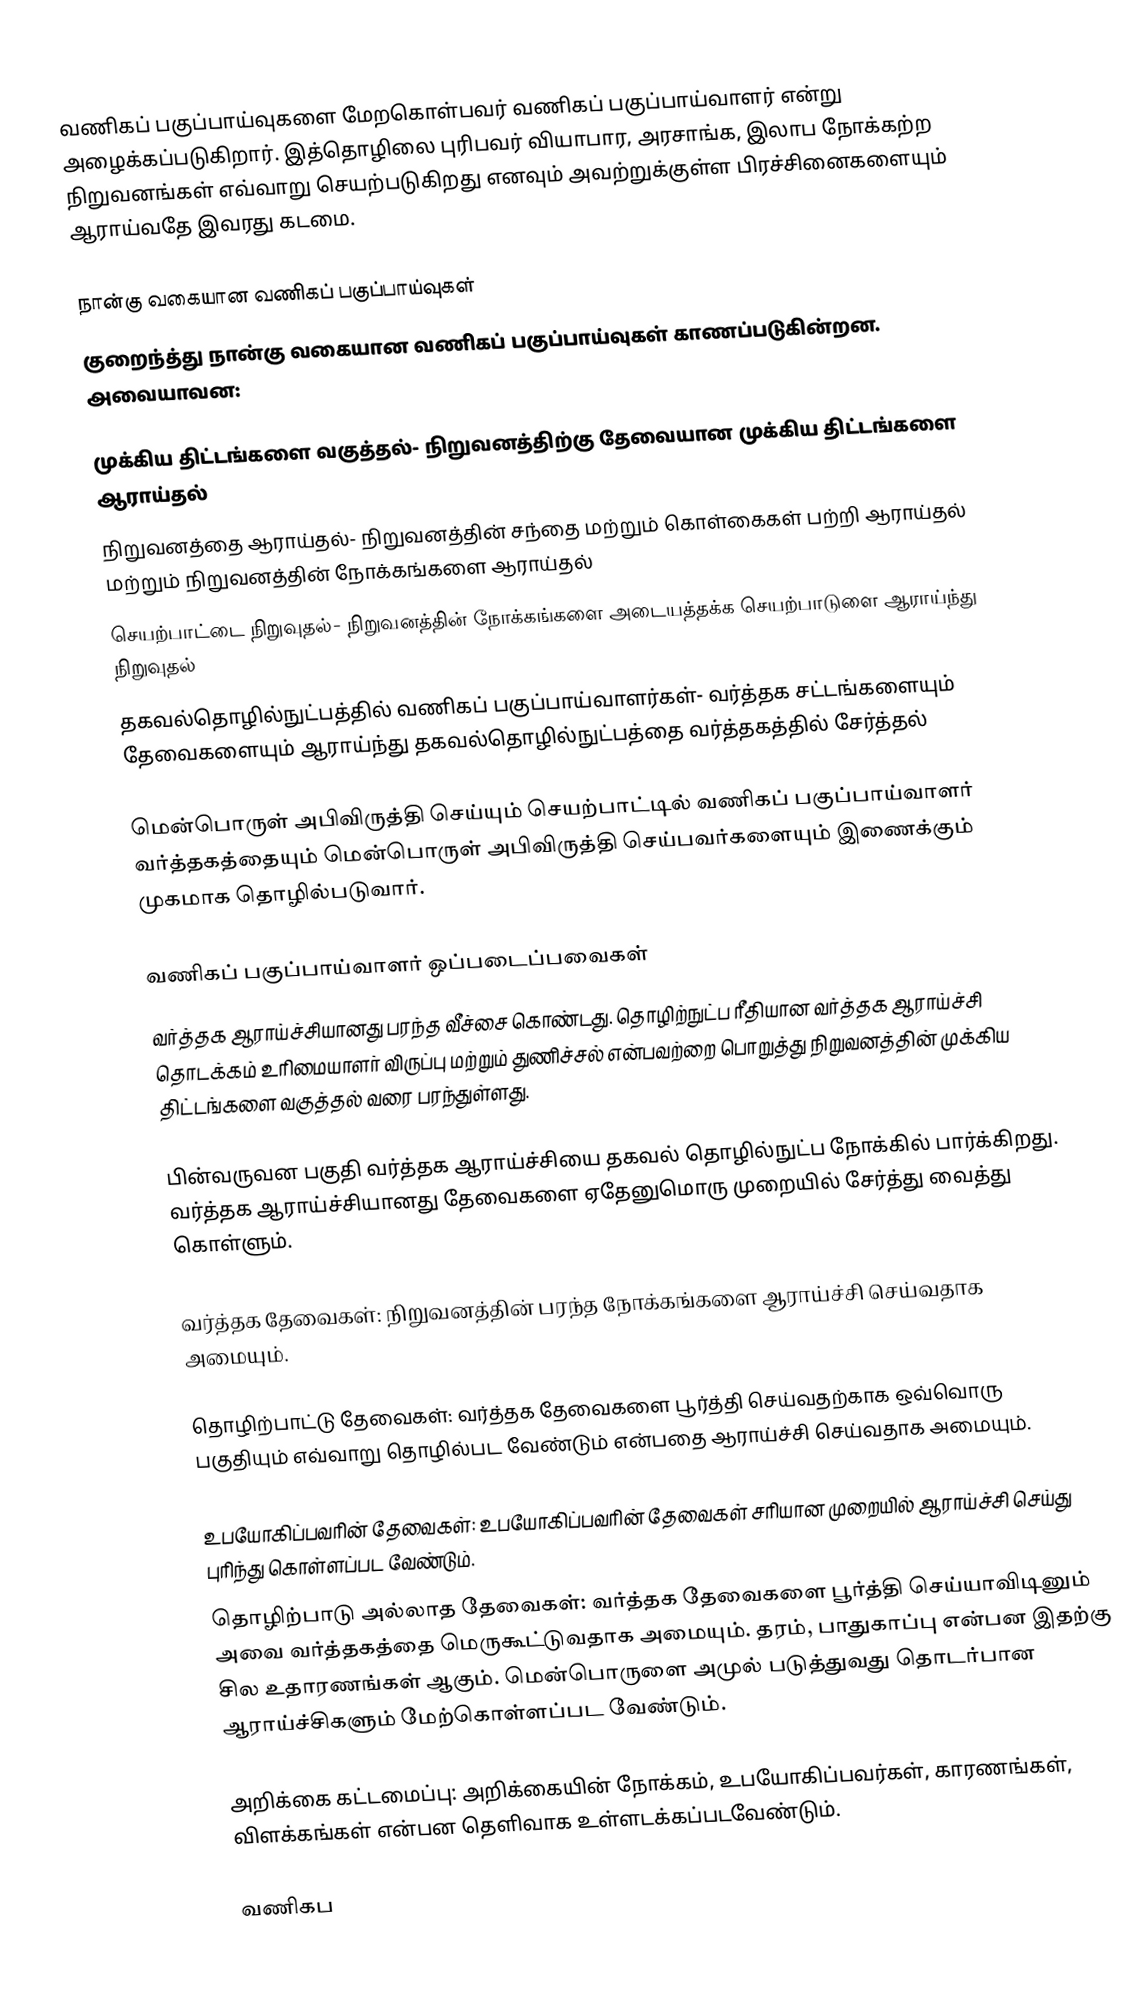
வணிகப் பகுப்பாய்வுகளை மேறகொள்பவர் வணிகப் பகுப்பாய்வாளர் என்று அழைக்கப்படுகிறார். இத்தொழிலை புரிபவர் வியாபார, அரசாங்க, இலாப நோக்கற்ற நிறுவனங்கள் எவ்வாறு செயற்படுகிறது எனவும் அவற்றுக்குள்ள பிரச்சினைகளையும் ஆராய்வதே இவரது கடமை.

நான்கு வகையான வணிகப் பகுப்பாய்வுகள்
குறைந்த்து நான்கு வகையான வணிகப் பகுப்பாய்வுகள் காணப்படுகின்றன. அவையாவன:

 முக்கிய திட்டங்களை வகுத்தல்- நிறுவனத்திற்கு தேவையான முக்கிய திட்டங்களை ஆராய்தல்
 நிறுவனத்தை ஆராய்தல்- நிறுவனத்தின் சந்தை மற்றும் கொள்கைகள் பற்றி ஆராய்தல் மற்றும் நிறுவனத்தின் நோக்கங்களை ஆராய்தல்
 செயற்பாட்டை நிறுவுதல்- நிறுவனத்தின் நோக்கங்களை அடையத்தக்க செயற்பாடுளை ஆராய்ந்து நிறுவுதல்
 தகவல்தொழில்நுட்பத்தில் வணிகப் பகுப்பாய்வாளர்கள்- வர்த்தக சட்டங்களையும் தேவைகளையும் ஆராய்ந்து தகவல்தொழில்நுட்பத்தை வர்த்தகத்தில் சேர்த்தல்

மென்பொருள் அபிவிருத்தி செய்யும் செயற்பாட்டில் வணிகப் பகுப்பாய்வாளர் வர்த்தகத்தையும் மென்பொருள் அபிவிருத்தி செய்பவர்களையும் இணைக்கும் முகமாக தொழில்படுவார்.

வணிகப் பகுப்பாய்வாளர் ஒப்படைப்பவைகள்
வர்த்தக ஆராய்ச்சியானது பரந்த வீச்சை கொண்டது. தொழிற்நுட்ப ரீதியான வர்த்தக ஆராய்ச்சி தொடக்கம் உரிமையாளர் விருப்பு மற்றும் துணிச்சல் என்பவற்றை பொறுத்து நிறுவனத்தின் முக்கிய திட்டங்களை வகுத்தல் வரை பரந்துள்ளது.

பின்வருவன பகுதி வர்த்தக ஆராய்ச்சியை தகவல் தொழில்நுட்ப நோக்கில் பார்க்கிறது. வர்த்தக ஆராய்ச்சியானது தேவைகளை ஏதேனுமொரு முறையில் சேர்த்து வைத்து கொள்ளும்.

வர்த்தக தேவைகள்: நிறுவனத்தின் பரந்த நோக்கங்களை ஆராய்ச்சி செய்வதாக அமையும்.

தொழிற்பாட்டு தேவைகள்: வர்த்தக தேவைகளை பூர்த்தி செய்வதற்காக ஒவ்வொரு பகுதியும் எவ்வாறு தொழில்பட வேண்டும் என்பதை ஆராய்ச்சி செய்வதாக அமையும்.

உபயோகிப்பவரின் தேவைகள்: உபயோகிப்பவரின் தேவைகள் சரியான முறையில் ஆராய்ச்சி செய்து புரிந்து கொள்ளப்பட வேண்டும்.
தொழிற்பாடு அல்லாத தேவைகள்: வர்த்தக தேவைகளை பூர்த்தி செய்யாவிடினும் அவை வர்த்தகத்தை மெருகூட்டுவதாக அமையும். தரம், பாதுகாப்பு என்பன இதற்கு சில உதாரணங்கள் ஆகும். மென்பொருளை அமுல் படுத்துவது தொடர்பான ஆராய்ச்சிகளும் மேற்கொள்ளப்பட வேண்டும்.

அறிக்கை கட்டமைப்பு: அறிக்கையின் நோக்கம், உபயோகிப்பவர்கள், காரணங்கள், விளக்கங்கள் என்பன தெளிவாக உள்ளடக்கப்படவேண்டும்.

வணிகப